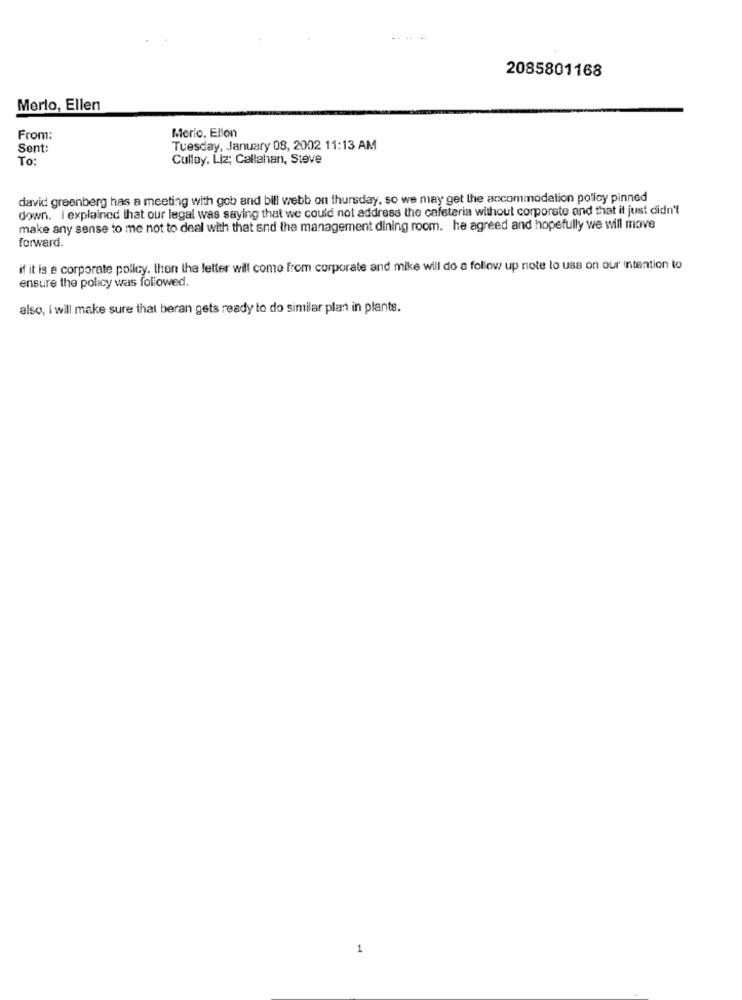
2085801168
Merlo, Ellen
Merlo, Ellon
From:
Sent:
Tuesday, January 08, 2002 11:13 AM
To:
Culløy. Liz; Callahan, Steve
david greenberg has a meeting with gob and bill webb on thursday, so we may get the accommodation policy pinned
down. I explained that our legal was saying that we could not address the cafeteria without corporate and that it just didn't
make any sense to me not to deal with that and the management dining room. he agreed and hopefully we will move
forward.
if it is a corporate policy. then the letter will come from corporate and mike will do a follow up note to use on our intention to
ensure the policy was followed.
also, i will make sure that beran gets ready to do similar plan in plants.
1